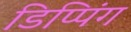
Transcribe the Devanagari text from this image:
डिप्पिंग